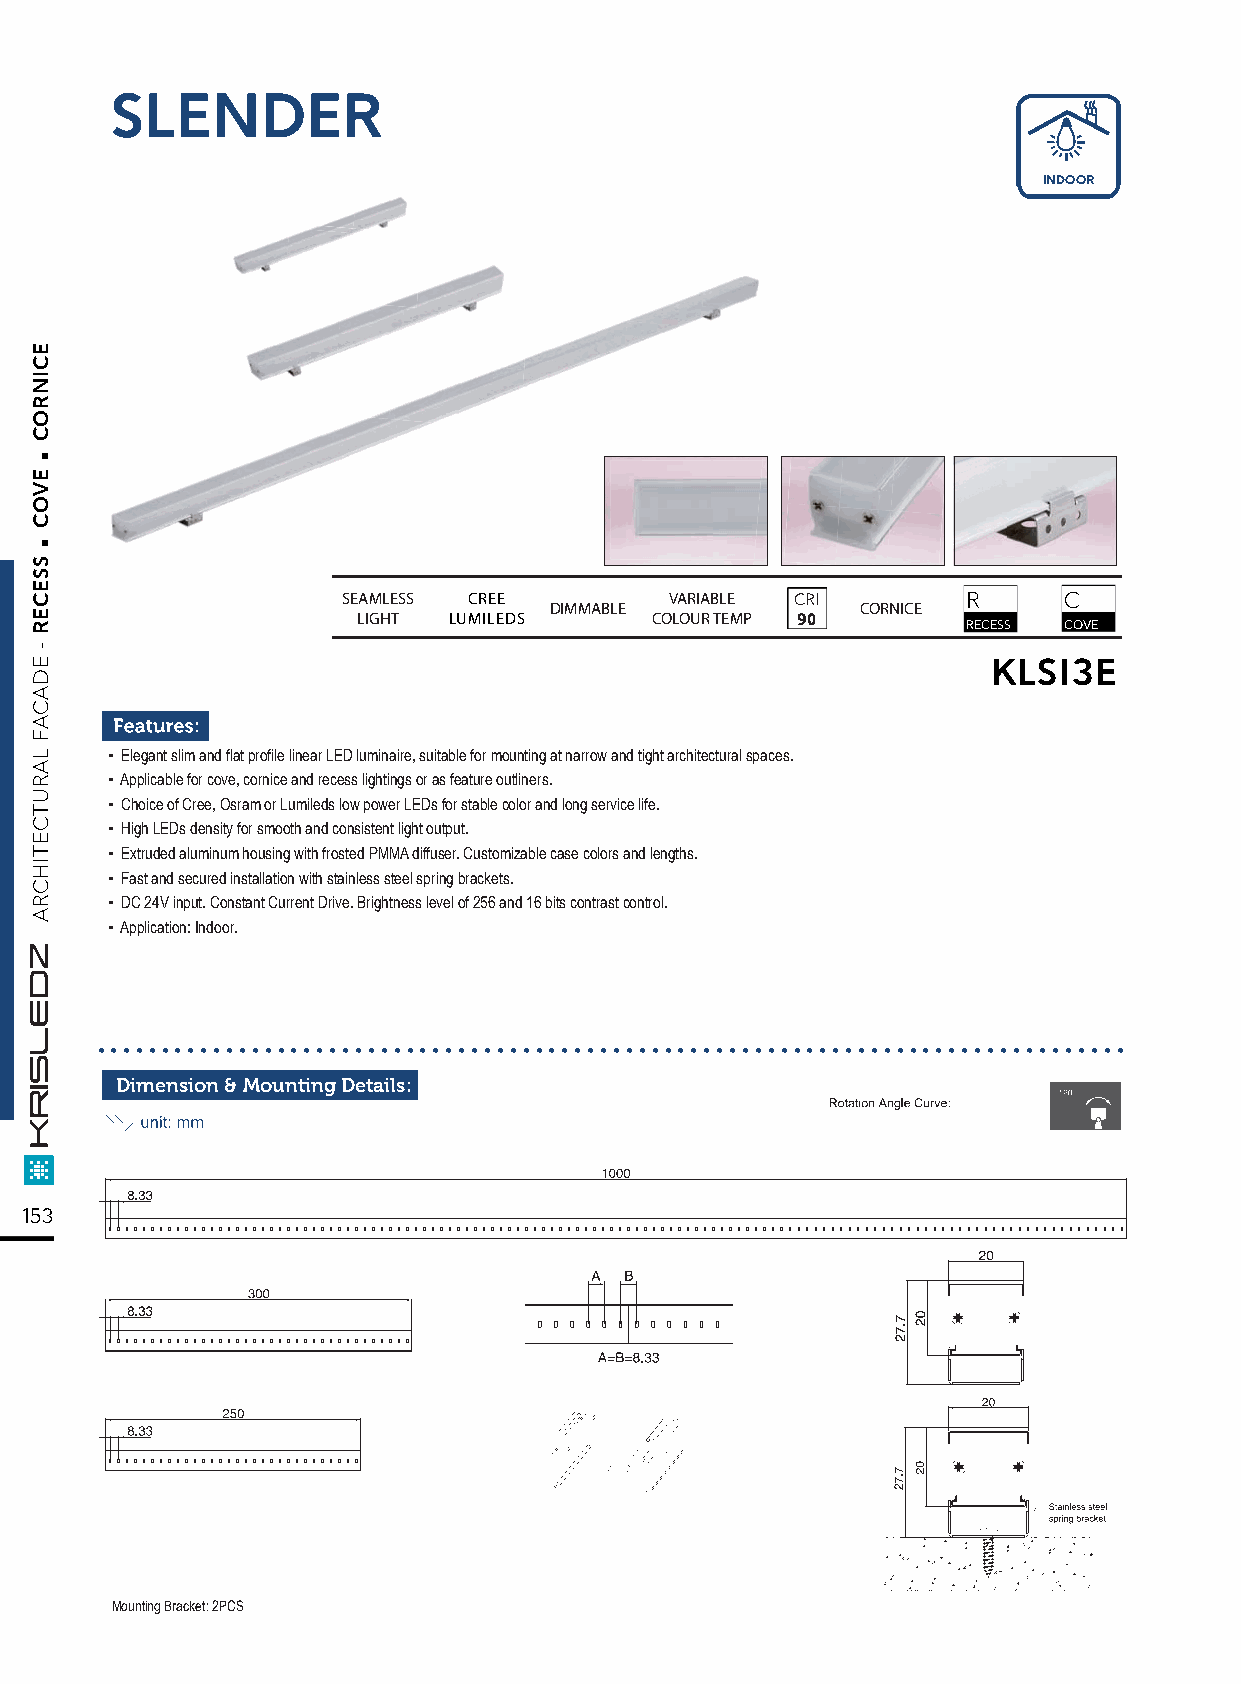
SLENDER
 INDOOR
 SEAMLESS CREE        VARIABLE CRI        R     C
 DIMMABLE             CORNICE
 LIGHT LUMILEDS     COLOUR TEMP 90       RECESS COVE
 KLSI3E
 ▪ Elegant slim and flat profile linear LED luminaire, suitable for mounting at narrow and tight architectural spaces.
 ▪ Applicable for cove, cornice and recess lightings or as feature outliners.
 ▪ Choice of Cree, Osram or Lumileds low power LEDs for stable color and long service life.
 ▪ High LEDs density for smooth and consistent light output.
 ▪ Extruded aluminum housing with frosted PMMA diffuser. Customizable case colors and lengths.
 ▪ Fast and secured installation with stainless steel spring brackets.
 ▪ DC 24V input. Constant Current Drive. Brightness level of 256 and 16 bits contrast control.
 ▪ Application: Indoor.
 ................................................................................
 Dimension & Mounting Details:
 153
 Mounting Bracket: 2PCS
 .
 .
 ECINROC
 EVOC
 SSECER
 -
 EDACAF
 LARUTCETIHCRA